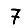
Digit: 7